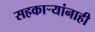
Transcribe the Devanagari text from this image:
सहकार्‍यांनाही